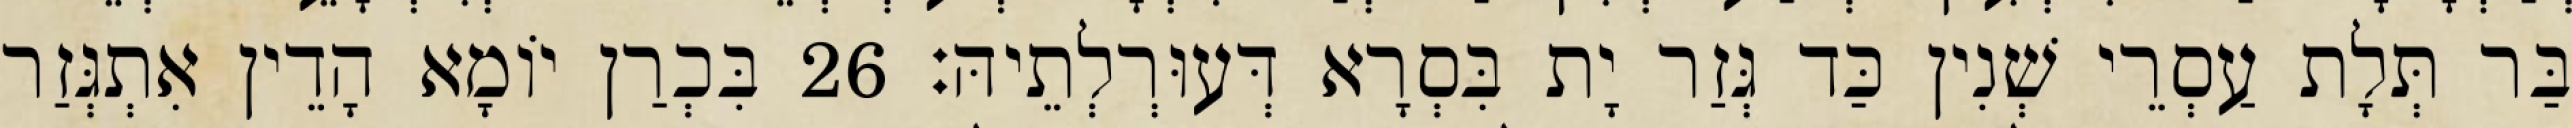
בַּר תְּלָת עַסְרֵי שְׁנִין כַּד גְּזַר יָת בִּסְרָא דְּעוּרְלְתֵיהּ׃ 26 בִּכְרַן יוֹמָא הָדֵין אִתְגְּזַר